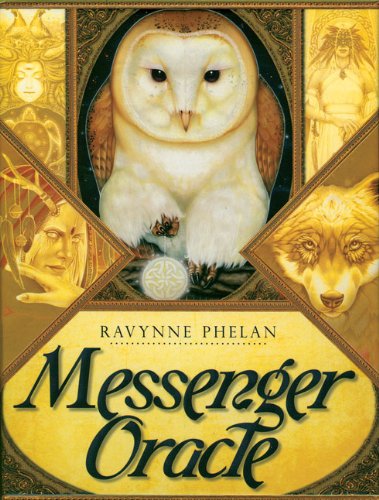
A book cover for Messenger Oracle; Ravynne Phelan; Religion & Spirituality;